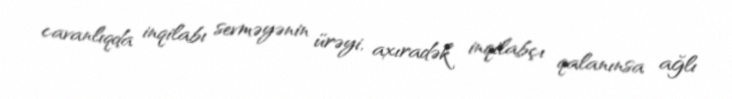
cavanlıqda inqilabı sevməyənin ürəyi, axıradək inqilabçı qalanınsa ağlı